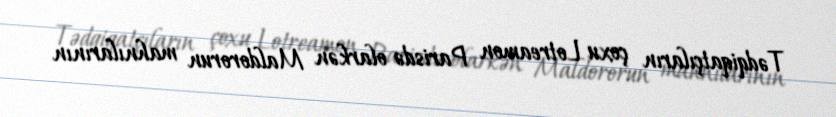
Tədqiqatçıların çoxu Lotreamon Parisdə olarkən Maldororun mahnılarının